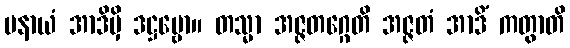
ပနာယံ အာဒိမှိ ဒဋ္ဌဗ္ဗော။ တသ္မာ အဇ္ဇတဂ္ဂေတိ အဇ္ဇတံ အာဒိံ ကတွာတိ